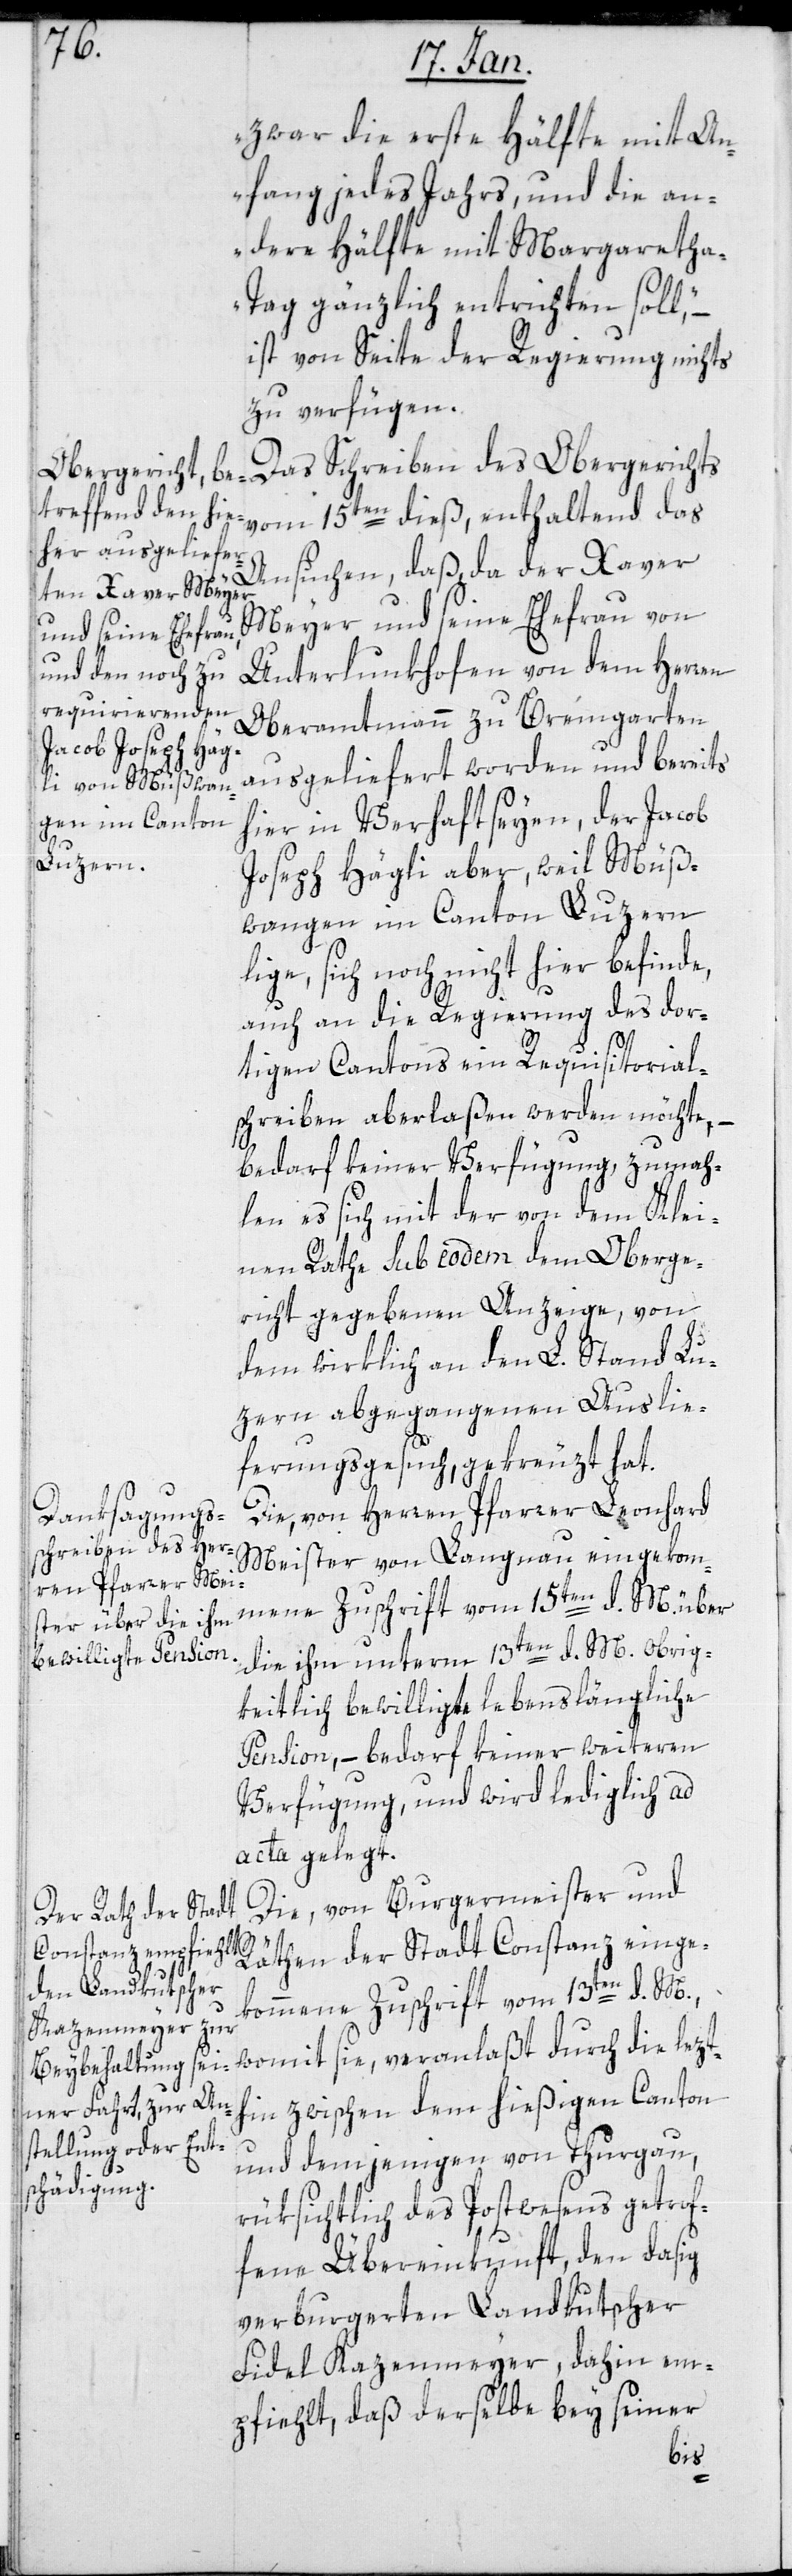
zwar die erste Hälfte mit An¬
fang jedes Jahrs, und die an¬
dere Hälfte mit Margareth¬
a-Tag gänzlich entrichten soll,"
ist von Seite der Regierung nichts
zu verfügen.
Das Schreiben des Obergerichts
vom 15ten dieß, enthaltend das
Ansuchen, daß, da der Xaver
Meyer und seine Ehefrau von
Unterlunkhofen von dem Herren
Oberamtmann zu Bremgarten
ausgeliefert worden und bereits
hier in Verhaft seyen, der Jacob
Joseph Hägli aber, weil Müß¬
wangen im Canton Luzern
lige, sich noch nicht hier befinde,
auch an die Regierung des dor¬
tigen Cantons ein Requsitorial¬
schreiben aberlaßen werden möchte, –
bedarf keiner Verfügung, zumah¬
len es sich mit der von dem Klei¬
nen Rathe sub eodem dem Oberge¬
richt gegebenen Anzeige, von
dem wirklich an den L. Stand Lu¬
zern abgegangenen Auslie¬
ferungsgesuch, gekreuzt hat.
Die, von dem Herren Pfarrer Leonhard
Meister von Langnau eingekom¬
mene Zuschrift vom 15ten d. M. über
die ihm unterm 13ten d. M. obrig¬
keitlich bewilligte lebenslängliche
Pension, – bedarf keiner weiteren
Verfügung, und wird lediglich ad
acta gelegt.
Die, von Burgermeister und
Räthen der Stadt Constanz einge¬
kommene Zuschrift vom 13ten d. M.,
womit sie, veranlaßt durch die lezt¬
hin zwischen dem hießigen Canton
und demjenigen von Thurgau,
rüksichtlich des Postwesens getrof¬
fene Übereinkunft, den dasig
verburgerten Landkutscher
Fidel Kazenmeyer, dahin em¬
pfiehlt, daß derselbe bey seiner